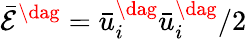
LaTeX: {{\bar{\mathcal E}}^{\dag}}=\bar{u}_{i}^{\dag}\bar{u}_{i}^{\dag}/2